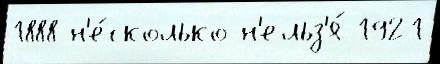
1888 н'е́сколько н'ельз'я́ 1921